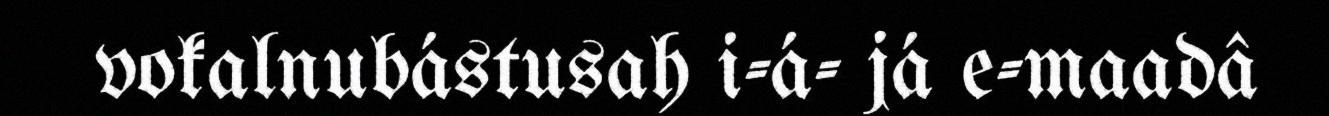
vokalnubástusah i-á- já e-maadâ